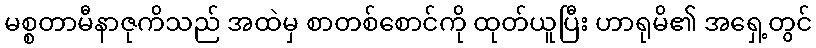
မစ္စတာမီနာဇုကိသည် အထဲမှ စာတစ်စောင်ကို ထုတ်ယူပြီး ဟာရုမိ၏ အရှေ့တွင်